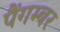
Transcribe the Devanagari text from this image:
पैंगम्‍बर